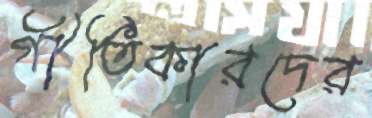
গীতিকারদের